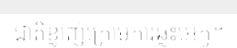
ជាតិខ្លាញ់ក្រោមការឆ្លុះអេកូ។